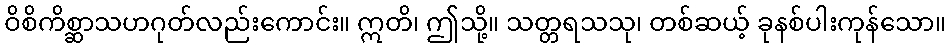
ဝိစိကိစ္ဆာသဟဂုတ်လည်းကောင်း။ ဣတိ၊ ဤသို့။ သတ္တရသသု၊ တစ်ဆယ့် ခုနစ်ပါးကုန်သော။